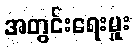
အတွင်းရေးမှူး